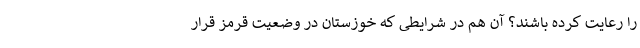
را رعایت کرده باشند؟ آن هم در شرایطی که خوزستان در وضعیت قرمز قرار